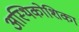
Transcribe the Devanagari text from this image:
अस्थिकोशिका